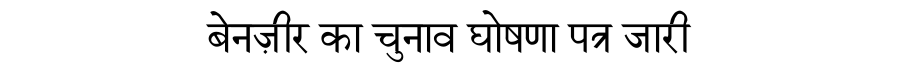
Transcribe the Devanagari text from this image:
बेनज़ीर का चुनाव घोषणा पत्र जारी